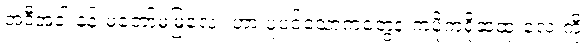
အဲ့ဒီအခါ နန်းမတော်မမြလေး ဟာ ပူပင်သောကတွေနဲ့ ကပိုကရိုဆံထုံးလေးကို